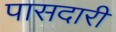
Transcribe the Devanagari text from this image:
पासदारी